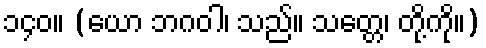
၁၄၀။ (ယော ဘဂဝါ၊ သည်။ သတ္တေ၊ တို့ကို။)